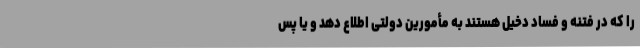
را که در فتنه و فساد دخیل هستند به مأمورین دولتی اطلاع دهد و یا پس